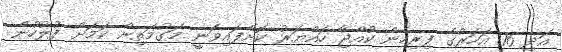
އަދި 16 އަހަރުގެ ފިރިހެން ކުއްޖާ ހައްޔަރު ކޮށްފައިވަނީ މަގުމަތިން ކަމަށް ފުލުހުން